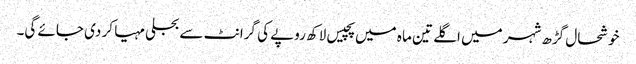
خوشحال گڑھ شہر میں اگلے تین ما ہ میں پچیس لاکھ روپے کی گرانٹ سے بجلی مہیا کر دی جائے گی۔